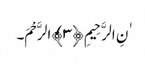
ٰنِ الرَّحِیمِ ﴿٣﴾الرَّحْمَ۔